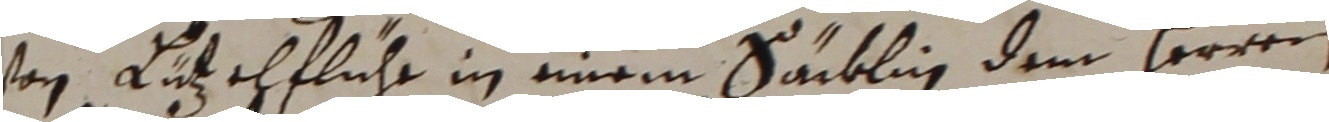
von antzehfliche in einem säcblin dem herren